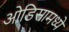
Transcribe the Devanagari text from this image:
ओडिसामध्ये